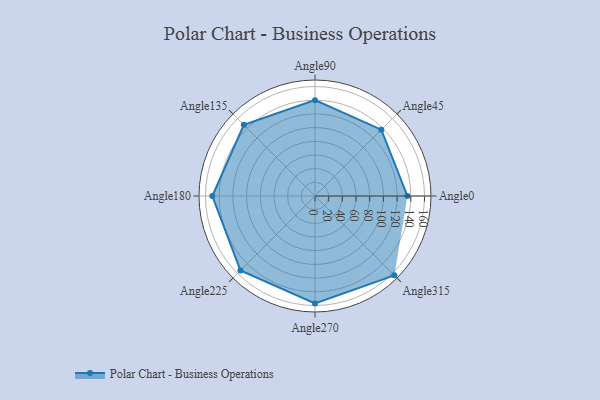
{"axis": {"x": "Angle", "y": "Radius"}, "legend": [""], "data": [{"x": "Angle0", "y": 135.0, "type": ""}, {"x": "Angle45", "y": 137.0, "type": ""}, {"x": "Angle90", "y": 140.0, "type": ""}, {"x": "Angle135", "y": 147.0, "type": ""}, {"x": "Angle180", "y": 150.0, "type": ""}, {"x": "Angle225", "y": 154.0, "type": ""}, {"x": "Angle270", "y": 157.0, "type": ""}, {"x": "Angle315", "y": 164.0, "type": ""}]}